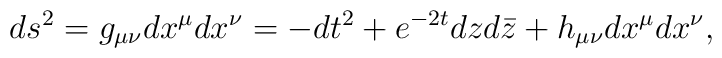
ds^2 = g_{\mu\nu} dx^\mu dx^\nu = - dt^2 + e^{-2t} dz d\bar{z}+ h_{\mu \nu} dx^\mu dx^\nu,